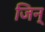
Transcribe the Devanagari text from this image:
जिन्